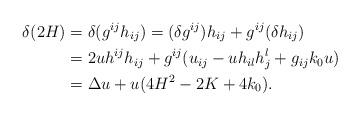
LaTeX: \begin{align*} \delta (2H) &= \delta(g^{ij}h_{ij}) = (\delta g^{ij})h_{ij} + g^{ij}(\delta h_{ij}) \\&= 2uh^{ij}h_{ij} + g^{ij}(u_{ij} - uh_{il}h_j^l + g_{ij}k_0u)\\&= \Delta{u}+u(4H^2-2K+4k_0).\end{align*}